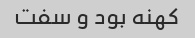
کهنه بود و سفت